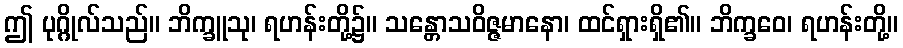
ဤ ပုဂ္ဂိုလ်သည်။ ဘိက္ခူသု၊ ရဟန်းတို့၌။ သန္တောသဝိဇ္ဇမာနော၊ ထင်ရှားရှိ၏။ ဘိက္ခဝေ၊ ရဟန်းတို့။